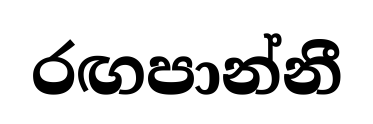
රඟපාන්නී